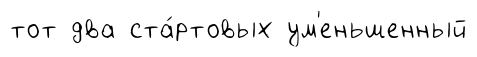
тот два ста́ртовых ум'еньшенный